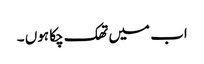
اب میں تھک چکا ہوں ۔